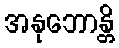
အနုဘောန္တိ